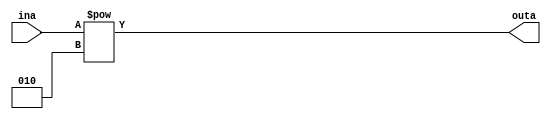
// Produces AND
module exp1(ina, outa);

input [1:0] ina;
output [4:0] outa;

assign outa = ina ** 2;

endmodule

//---------------------------------------------
// Ands
module and1(ina,inb,outa);

input [1:0]ina,inb;
output [4:0] outa;

assign outa = {3'b000,(ina & inb)};

endmodule

//---------------------------------------------
// Concatinates
module cat1(ina,inb,outa);

input [1:0]ina,inb;
output [4:0] outa;

assign outa = {1'b0,ina,inb};

endmodule